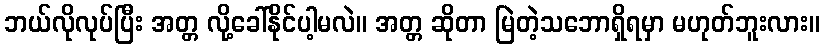
ဘယ်လိုလုပ်ပြီး အတ္တ လို့ခေါ်နိုင်ပါ့မလဲ။ အတ္တ ဆိုတာ မြဲတဲ့သဘောရှိရမှာ မဟုတ်ဘူးလား။